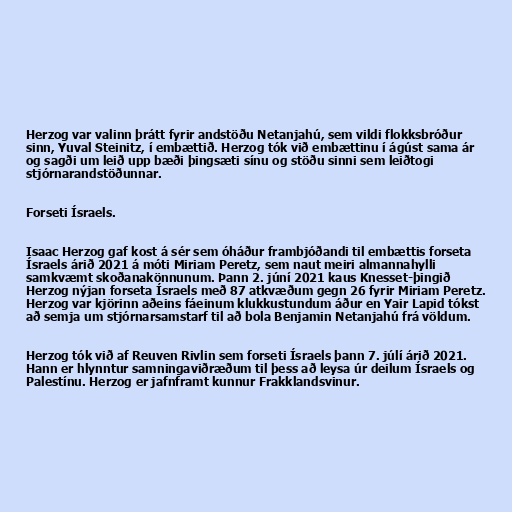
Herzog var valinn þrátt fyrir andstöðu Netanjahú, sem vildi flokksbróður
sinn, Yuval Steinitz, í embættið. Herzog tók við embættinu í ágúst sama ár
og sagði um leið upp bæði þingsæti sínu og stöðu sinni sem leiðtogi
stjórnarandstöðunnar.

Forseti Ísraels.

Isaac Herzog gaf kost á sér sem óháður frambjóðandi til embættis forseta
Ísraels árið 2021 á móti Miriam Peretz, sem naut meiri almannahylli
samkvæmt skoðanakönnunum. Þann 2. júní 2021 kaus Knesset-þingið
Herzog nýjan forseta Ísraels með 87 atkvæðum gegn 26 fyrir Miriam Peretz.
Herzog var kjörinn aðeins fáeinum klukkustundum áður en Yair Lapid tókst
að semja um stjórnarsamstarf til að bola Benjamin Netanjahú frá völdum.

Herzog tók við af Reuven Rivlin sem forseti Ísraels þann 7. júlí árið 2021.
Hann er hlynntur samningaviðræðum til þess að leysa úr deilum Ísraels og
Palestínu. Herzog er jafnframt kunnur Frakklandsvinur.